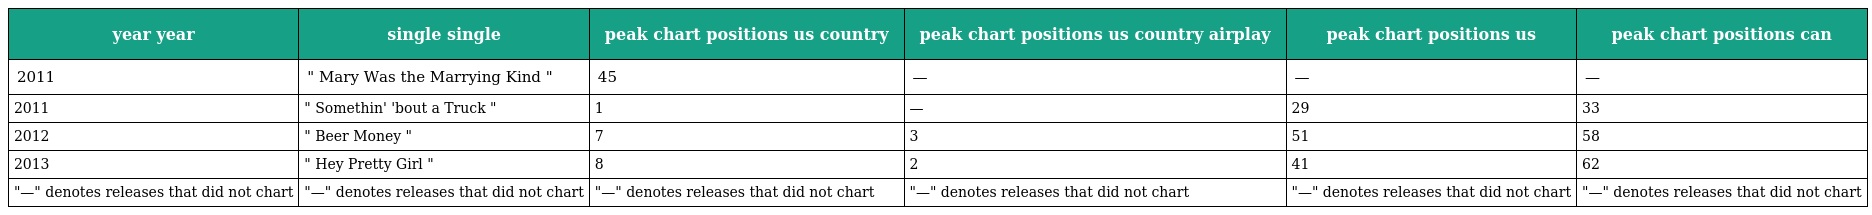
| year year | single single | peak chart positions us country | peak chart positions us country airplay | peak chart positions us | peak chart positions can |
 | --- | --- | --- | --- | --- | --- |
 | 2011 | " Mary Was the Marrying Kind " | 45 | — | — | — |
 | 2011 | " Somethin' 'bout a Truck " | 1 | — | 29 | 33 |
 | 2012 | " Beer Money " | 7 | 3 | 51 | 58 |
 | 2013 | " Hey Pretty Girl " | 8 | 2 | 41 | 62 |
 | "—" denotes releases that did not chart | "—" denotes releases that did not chart | "—" denotes releases that did not chart | "—" denotes releases that did not chart | "—" denotes releases that did not chart | "—" denotes releases that did not chart |